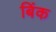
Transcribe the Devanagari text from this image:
बिंक